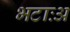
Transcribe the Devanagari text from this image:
भटाःअ